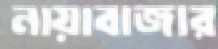
নায়াবাজার